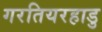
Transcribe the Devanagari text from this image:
गरतियरहाडु